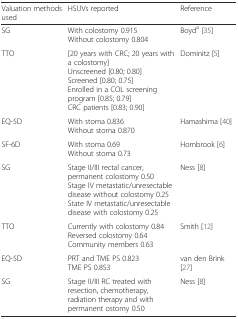
<table><thead><tr><td><b>Valuation methods used</b></td><td><b>HSUVs reported</b></td><td><b>Reference</b></td></tr></thead><tbody><tr><td>SG</td><td>With colostomy 0.915Without colostomy 0.804</td><td>Boyd<sup>a</sup> [35]</td></tr><tr><td>TTO</td><td>[20 years with CRC; 20 years with a colostomy]Unscreened [0.80; 0.80]Screened [0.80; 0.75]Enrolled in a COL screening program [0.85; 0.79]CRC patients [0.83; 0.90]</td><td>Dominitz [5]</td></tr><tr><td>EQ-5D</td><td>With stoma 0.836Without stoma 0.870</td><td>Hamashima [40]</td></tr><tr><td>SF-6D</td><td>With stoma 0.69Without stoma 0.73</td><td>Hornbrook [6]</td></tr><tr><td>SG</td><td>Stage II/III rectal cancer, permanent colostomy 0.50Stage IV metastatic/unresectable disease without colostomy 0.25State IV metastatic/unresectable disease with colostomy 0.25</td><td>Ness [8]</td></tr><tr><td>TTO</td><td>Currently with colostomy 0.84Reversed colostomy 0.64Community members 0.63</td><td>Smith [12]</td></tr><tr><td>EQ-5D</td><td>PRT and TME PS 0.823TME PS 0.853</td><td>van den Brink [27]</td></tr><tr><td>SG</td><td>Stage II/III RC treated with resection, chemotherapy, radiation therapy and with permanent ostomy 0.50</td><td>Ness [8]</td></tr></tbody></table>